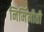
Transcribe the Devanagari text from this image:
निर्मिमीती